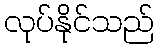
လုပ်နိုင်သည်